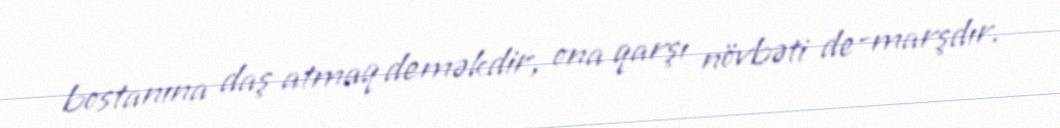
bostanına daş atmaq deməkdir, ona qarşı növbəti de-marşdır.